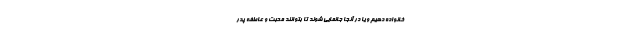
خانواده دهیم و یا در آنجا جانمایی شوند تا بتوانند محبت و عاطفه پدر